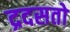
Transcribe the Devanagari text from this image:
द्रदसतो